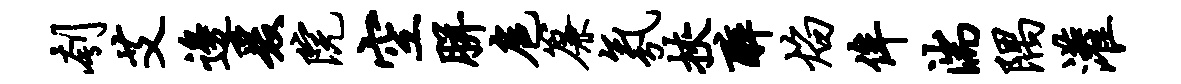
刳艾边爰院空胼扈帘氛挟醉焰侔湍隅灌